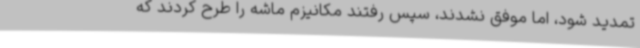
تمدید شود، اما موفق نشدند، سپس رفتند مکانیزم ماشه را طرح کردند که